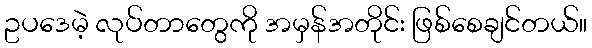
ဥပဒေမဲ့ လုပ်တာတွေကို အမှန်အတိုင်း ဖြစ်စေချင်တယ်။